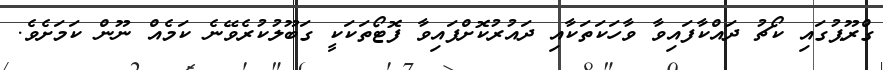
ގްރޫޕުގައި ކޯޗު ދައްކާފައިވާ ވާހަކަތަކާއި ދައުރުކޮށްފައިވާ ފޮޓޯތަކަކީ ގަބޫލުކުރެވޭނެ ކަމެއް ނޫން ކަމަށެވެ.